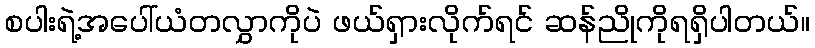
စပါးရဲ့အပေါ်ယံတလွှာကိုပဲ ဖယ်ရှားလိုက်ရင် ဆန်ညိုကိုရရှိပါတယ်။